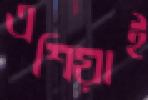
এশিয়াই